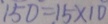
1 5 0 = 1 5 \times 1 0